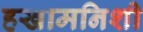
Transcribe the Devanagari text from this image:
हखामनिशी